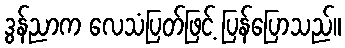
ဒွန်ညာက လေသံပြတ်ဖြင့် ပြန်ပြောသည်။